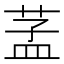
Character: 䓝